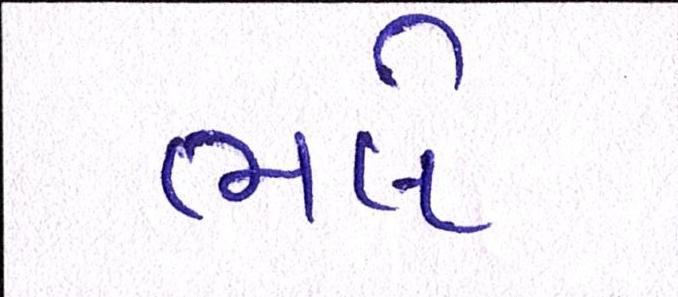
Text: ભલે